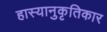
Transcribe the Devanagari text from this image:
हास्यानुकृतिकार